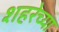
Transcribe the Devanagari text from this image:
शहरेच्या